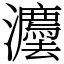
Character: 灋